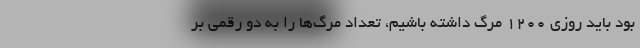
بود باید روزی ۱۲۰۰ مرگ داشته باشیم، تعداد مرگ‌ها را به دو رقمی بر